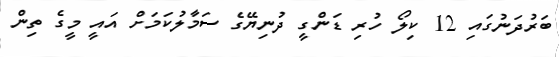
ބަރުދަނުގައި 12 ކިލޯ ހުރި ޑަންގީ ދުނިޔޭގެ ސަމާލުކަމަށް އައީ މީގެ ތިން